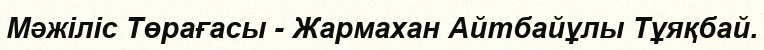
Мәжіліс Төрағасы - Жармахан Айтбайұлы Тұяқбай.